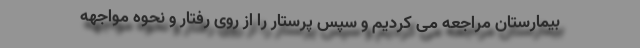
بیمارستان مراجعه می کردیم و سپس پرستار را از روی رفتار و نحوه مواجهه